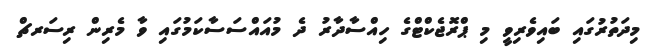
މިދަތުރުގައި ބައިވެރިވީ މި ޕްރޮޖެކްޓްގެ ހިއްސާދާރު ދެ މުއައްސަސާކަމުގައި ވާ މެރިން ރިސަރޗް